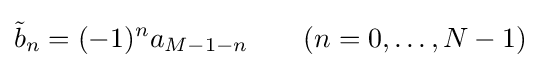
{\tilde {b}}_{n}=(-1)^{n}a_{M-1-n}\quad \quad (n=0,\dots ,N-1)